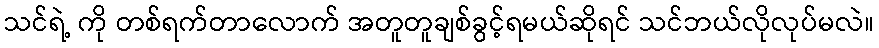
သင်ရဲ့ ကို တစ်ရက်တာလောက် အတူတူချစ်ခွင့်ရမယ်ဆိုရင် သင်ဘယ်လိုလုပ်မလဲ။